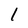
Character: 1